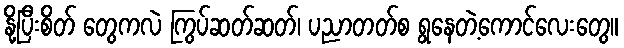
နို့ပြီးစိတ် တွေကလဲ ကြွပ်ဆတ်ဆတ်၊ ပညာတတ်စ ရွနေတဲ့ကောင်လေးတွေ။